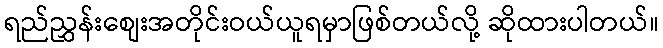
ရည်ညွှန်းစျေးအတိုင်းဝယ်ယူရမှာဖြစ်တယ်လို့ ဆိုထားပါတယ်။